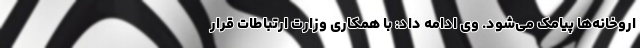
اروخانه‌ها پیامک می‌شود. وی ادامه داد: با همکاری وزارت ارتباطات قرار